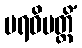
ပရဝိပတ္တိံ